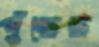
পুঁছেছ